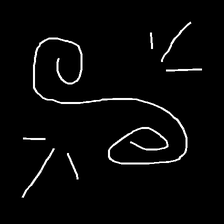
Glyph: wind-directs-air